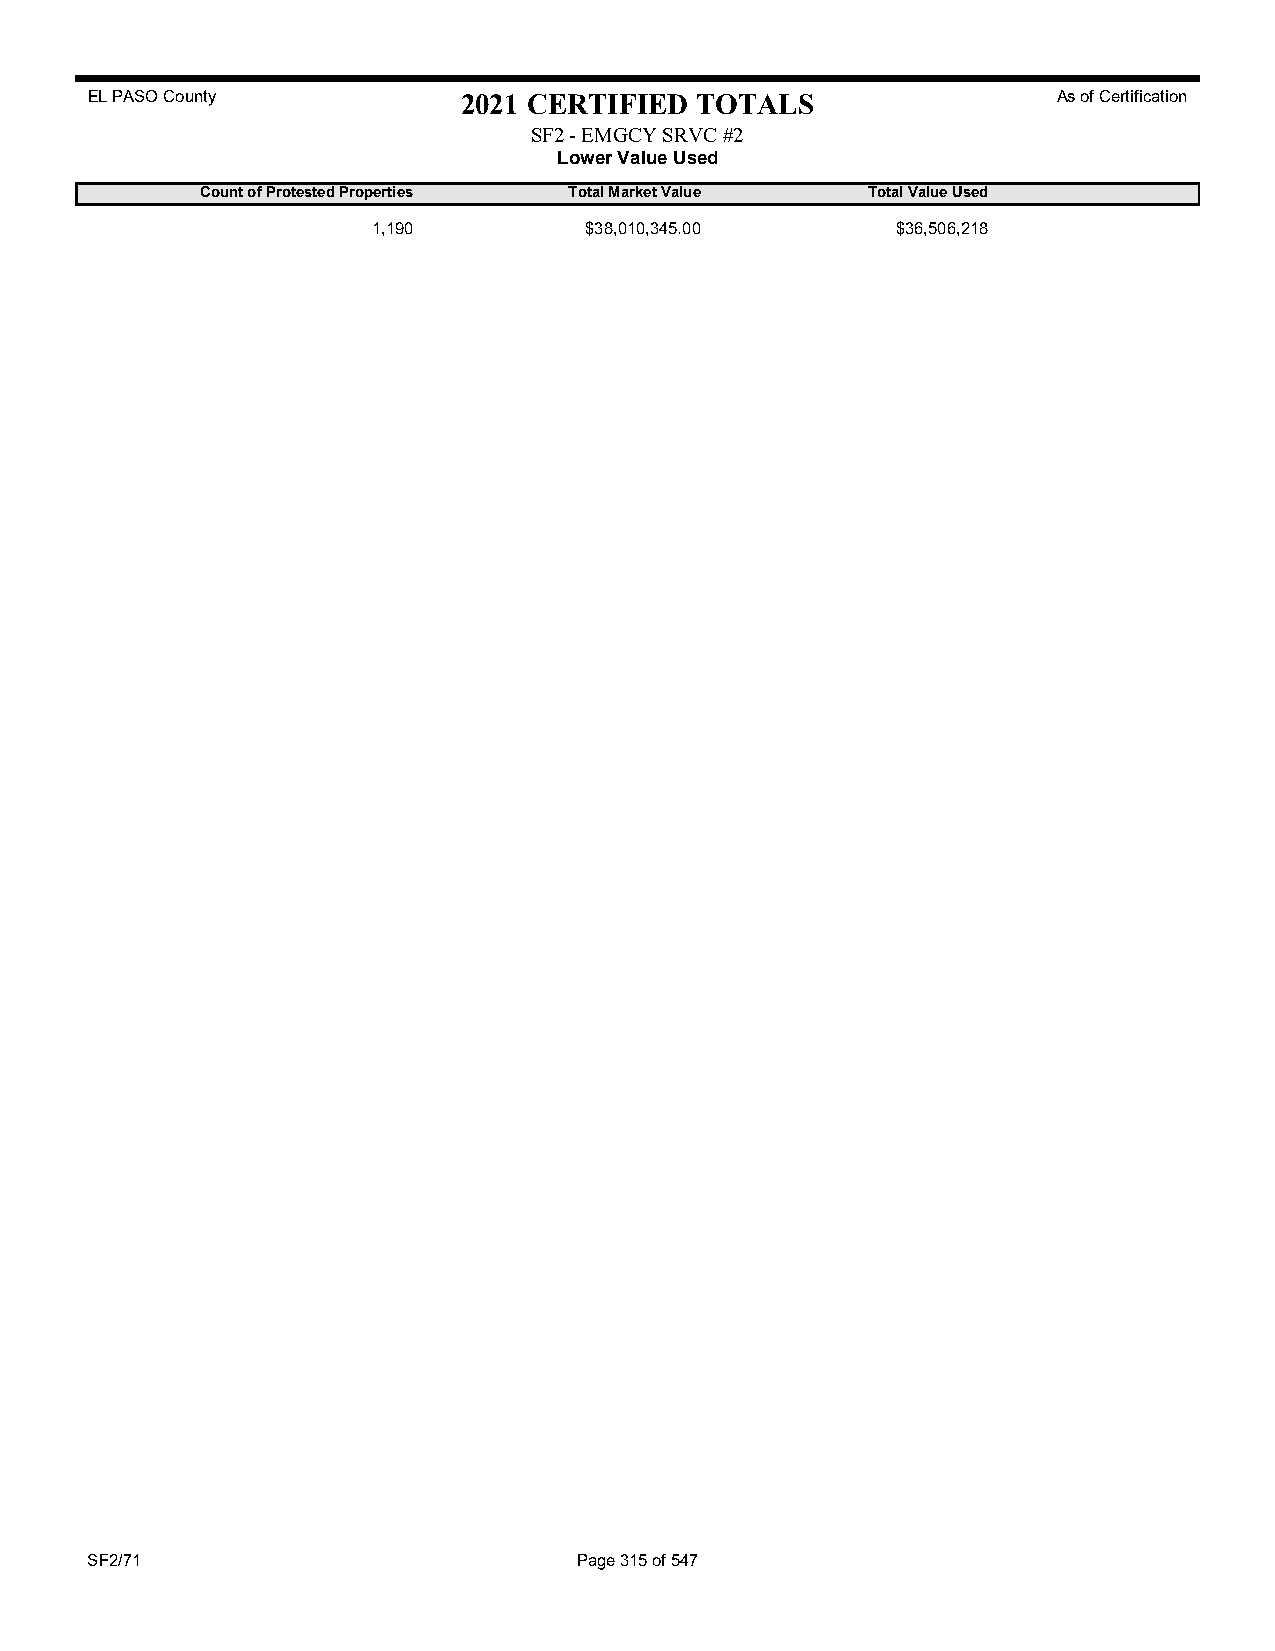
EL PASO County           2021 CERTIFIED TOTALS                  As of Certification
 SF2 - EMGCY SRVC #2
 Lower Value Used
 Count of Protested Properties Total Market Value Total Value Used
 1,190         $38,010,345.00      $36,506,218
 SF2/71                          Page 315 of 547